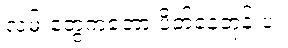
လမ်းတွေကတော့ ပိတ်နေတုန်းပဲ။